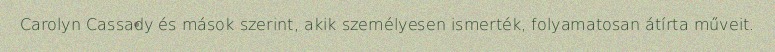
Carolyn Cassady és mások szerint, akik személyesen ismerték, folyamatosan átírta műveit.